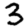
Digit: 3